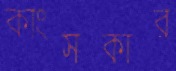
কাংসকার